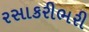
રસાકરીભરી